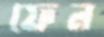
ফেন